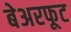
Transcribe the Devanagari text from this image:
बेअरफूट